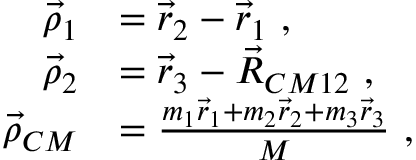
\begin{array} { r l } { \vec { \rho } _ { 1 } } & { = \vec { r } _ { 2 } - \vec { r } _ { 1 } ~ , } \\ { \vec { \rho } _ { 2 } } & { = \vec { r } _ { 3 } - \vec { R } _ { C M 1 2 } ~ , } \\ { \vec { \rho } _ { C M } } & { = \frac { m _ { 1 } \vec { r } _ { 1 } + m _ { 2 } \vec { r } _ { 2 } + m _ { 3 } \vec { r } _ { 3 } } { M } ~ , } \end{array}